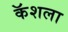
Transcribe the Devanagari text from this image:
कॅशला